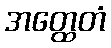
အတ္ထေတံ